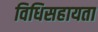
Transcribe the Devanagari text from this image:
विधिसहायता